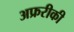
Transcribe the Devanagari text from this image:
अफ्ररीकी